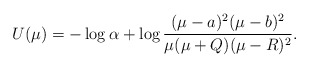
\begin{align*}U(\mu)=-\log\alpha+\log\frac{(\mu-a)^2(\mu-b)^2}{\mu(\mu+Q)(\mu-R)^2}.\end{align*}